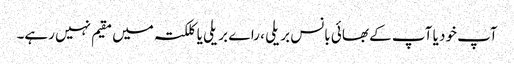
آپ خود یا آپ کے بھائی بانس بریلی ، راے بریلی یا کلکتہ میں مقیم نہیں رہے۔